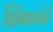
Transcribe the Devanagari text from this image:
झिंबाब्वेने